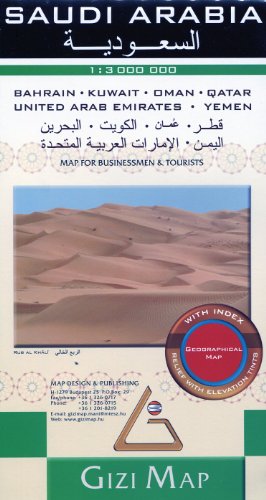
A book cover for Saudi Arabia & neighbouring countries 1:3,000,000 Travel Map; Gizella Bassa; Travel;